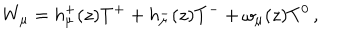
W _ { \mu } = h _ { \mu } ^ { + } ( z ) T ^ { + } + h _ { \mu } ^ { - } ( z ) T ^ { - } + \omega _ { \mu } ( z ) T ^ { 0 } \, ,